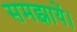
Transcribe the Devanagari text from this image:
समझायें।